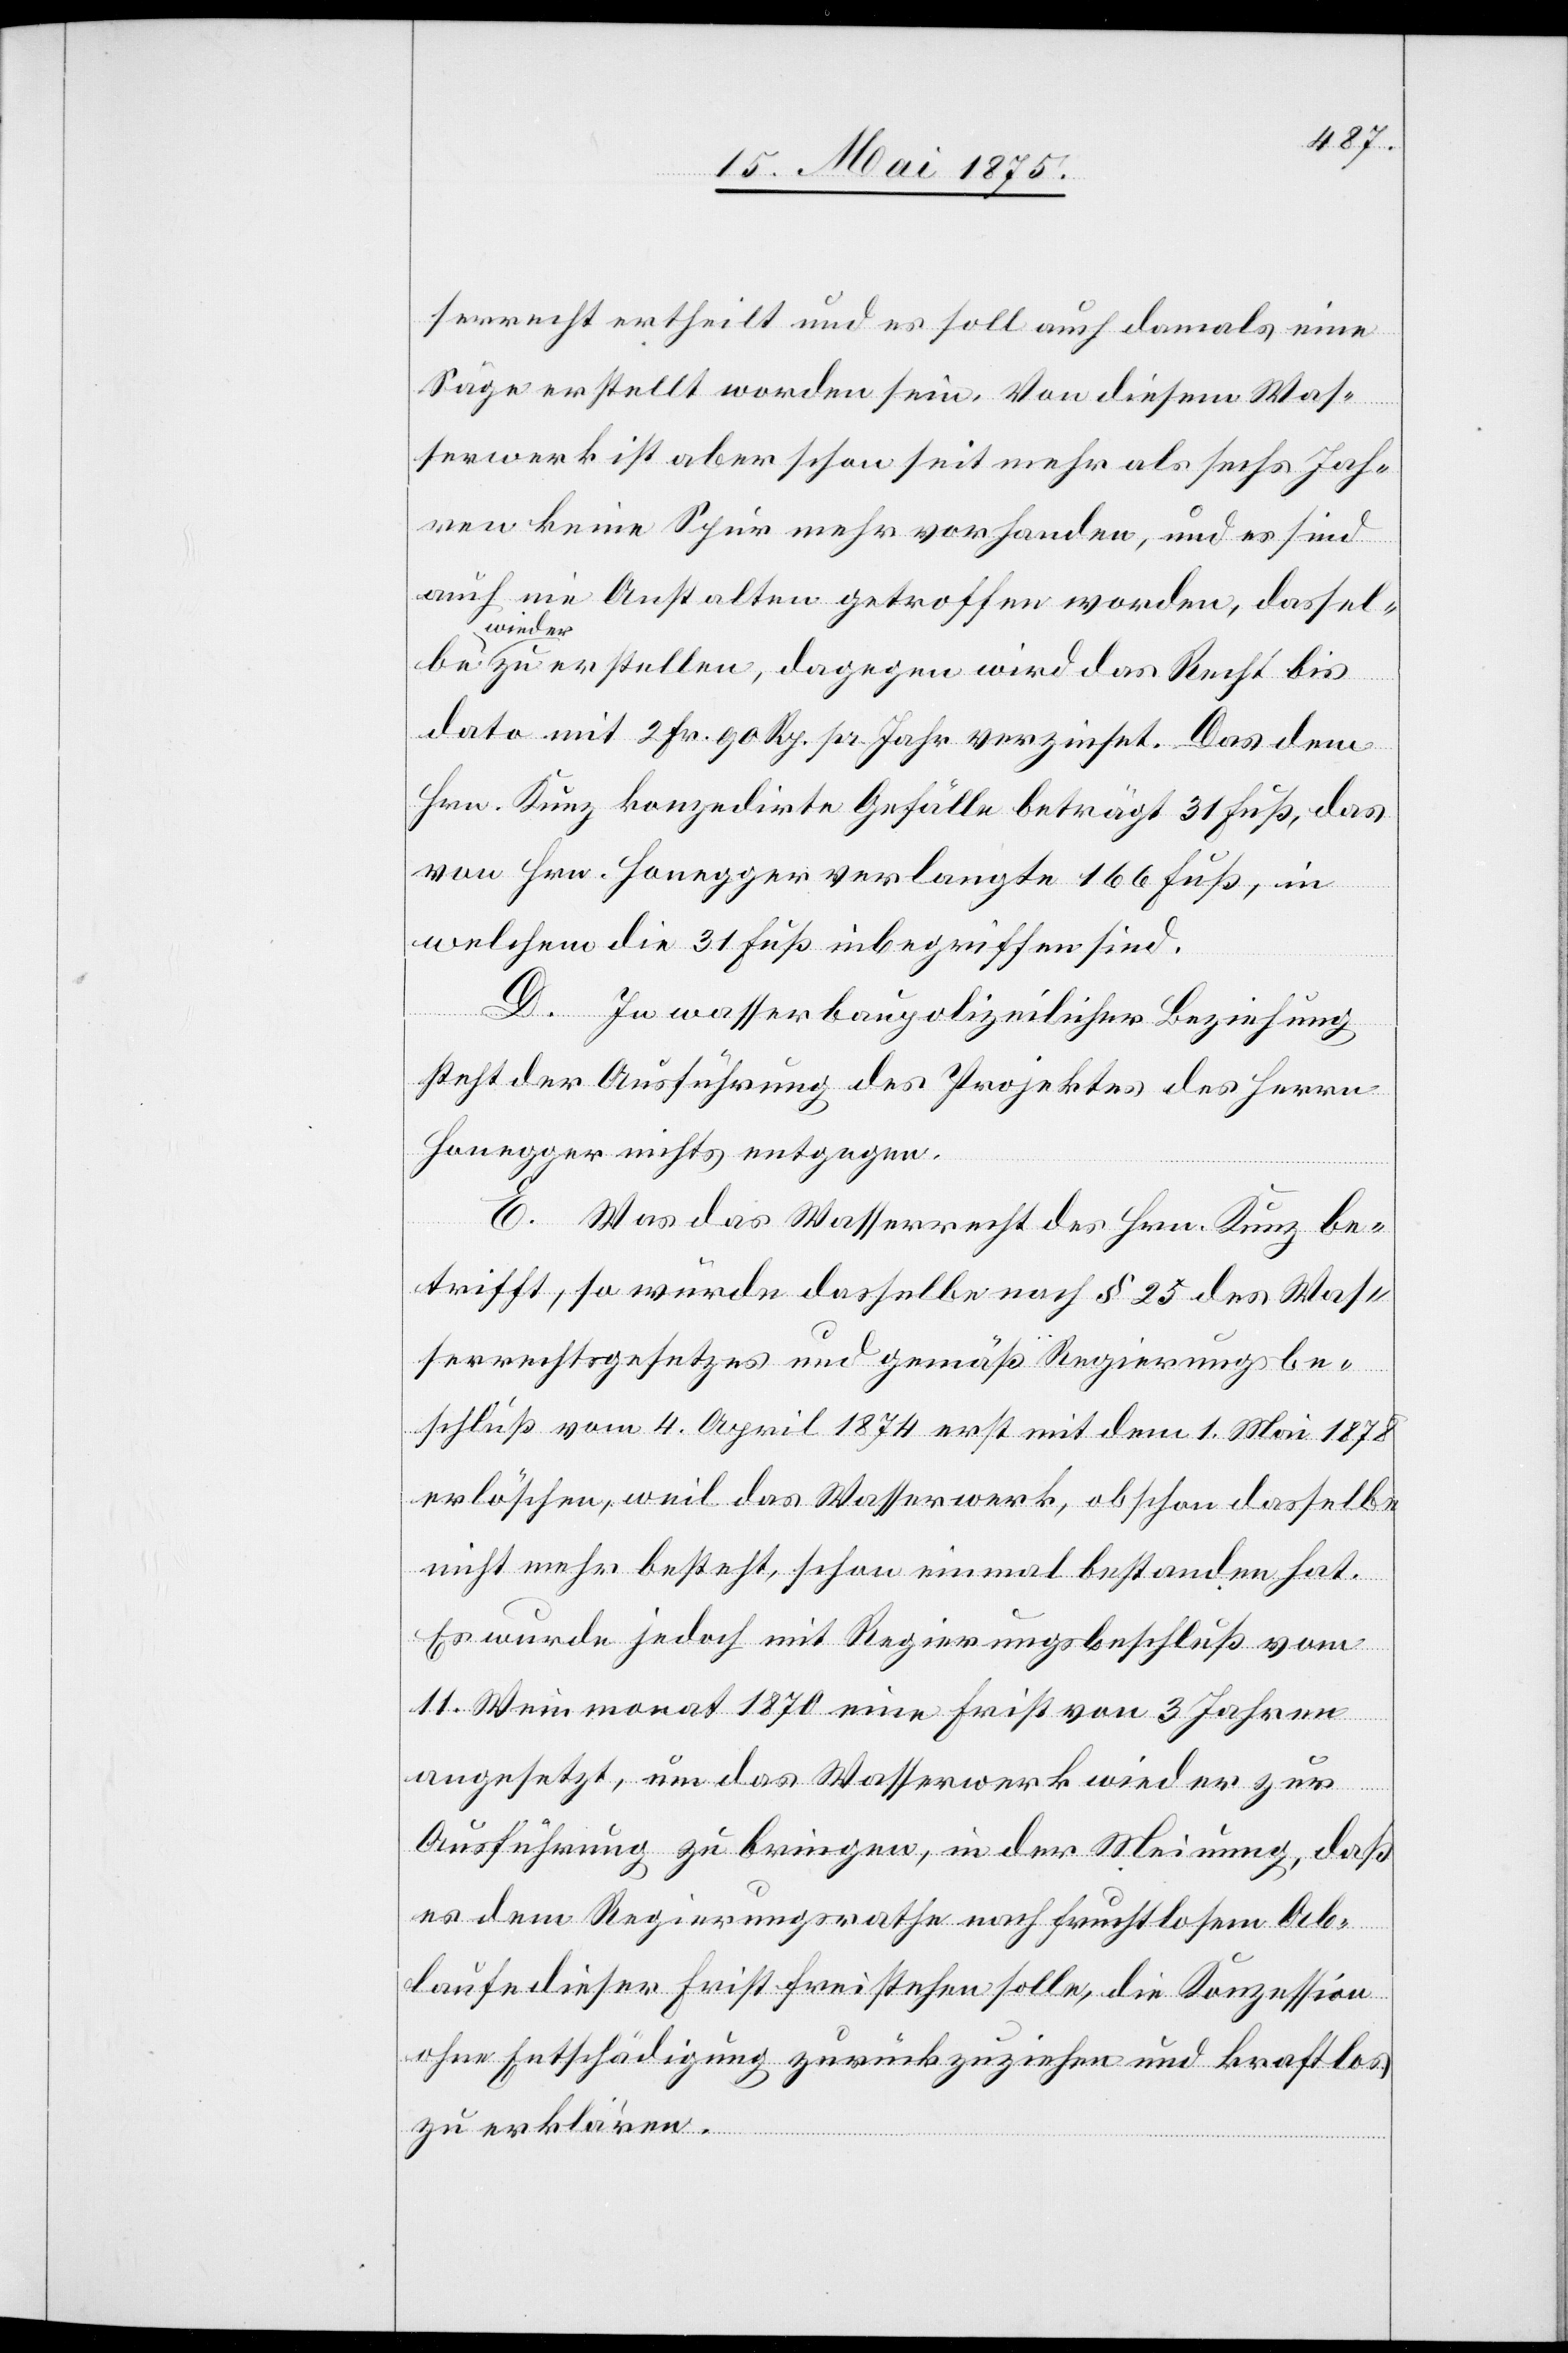
serrecht ertheilt und es soll auch damals eine
Säge erstellt worden sein. Von diesem Was¬
serwerk ist aber schon seit mehr als sechs Jah¬
re keine Spur mehr vorhanden, und es sind
auch nie Anstalten getroffen worden, dasselbe
wieder
zu erstellen, dagegen wird das Recht bis
dato mit 2 Fr. 90 Rp. pr. Jahr verzinst. Das dem
Hrn. Kunz konzedirte Gefälle beträgt 31 Fuß, das
von Hrn. Honegger verlangte 166 Fuß, in
welchem die 31Fuß inbegriffen sind.
D. In wasserbaupolizeilicher Beziehung
steht der Ausführung des Projektes des Herrn
E. Was das Wasserrecht des Hrn. Kunz be¬
trifft, so würde dasselbe nach § 25 des Was¬
serrechtsgesetzes und gemäß Regierungsbe¬
schluß vom 4. April 1874 erst mit dem 1. Mai 1878
erlöschen, weil das Wasserwerk, obschon dasselbe
nicht mehr besteht, schon einmal bestanden hat.
Es wurde jedoch mit Regierungsbeschluß vom
11. Weinmonat 1870 eine Frist von 3 Jahren
angesetzt, um das Wasserwerk wieder zur
Ausführung zu bringen, in der Meinung, daß
es dem Regierungsrathe nach fruchtbarem Ab¬
laufe dieser Frist freistehen solle, die Konzession
ohne Entschädigung zurückzuziehen und kraftlos
zu erklären.